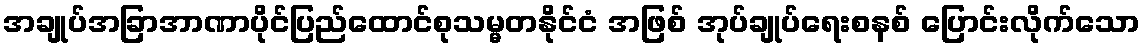
အချုပ်အခြာအာဏာပိုင်ပြည်ထောင်စုသမ္မတနိုင်ငံ အဖြစ် အုပ်ချုပ်ရေးစနစ် ပြောင်းလိုက်သော